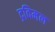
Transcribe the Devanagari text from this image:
द्रविमल